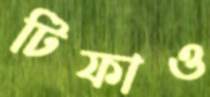
টিফাও